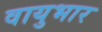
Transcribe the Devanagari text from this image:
वायुभार